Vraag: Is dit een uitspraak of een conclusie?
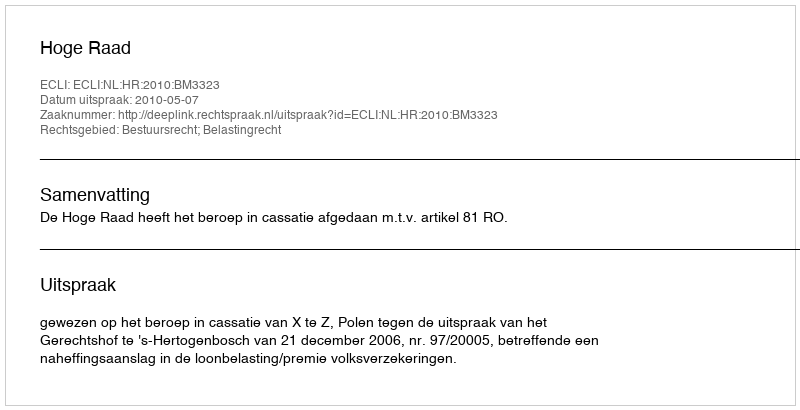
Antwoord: Uitspraak